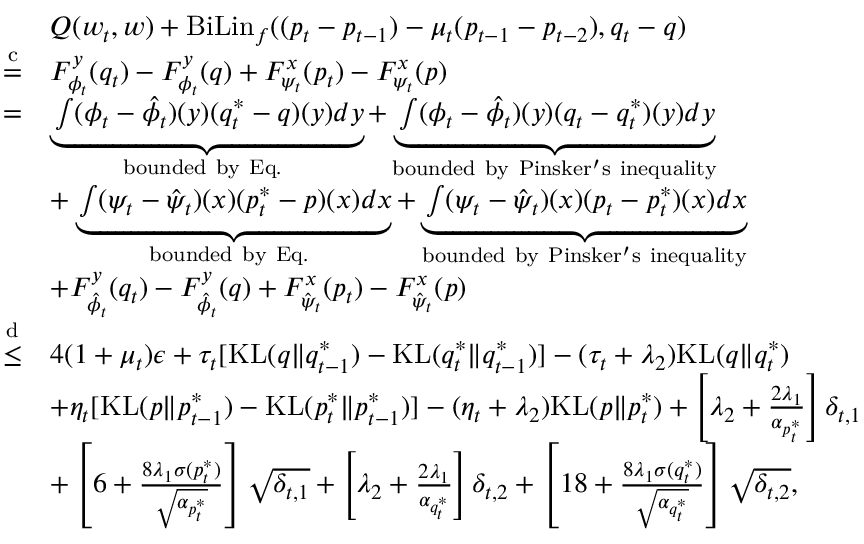
\begin{array} { r l } & { Q ( w _ { t } , w ) + \mathrm { B i L i n } _ { f } ( ( p _ { t } - p _ { t - 1 } ) - \mu _ { t } ( p _ { t - 1 } - p _ { t - 2 } ) , q _ { t } - q ) } \\ { \overset { \mathrm { c } } { = } } & { F _ { \phi _ { t } } ^ { y } ( q _ { t } ) - F _ { \phi _ { t } } ^ { y } ( q ) + F _ { \psi _ { t } } ^ { x } ( p _ { t } ) - F _ { \psi _ { t } } ^ { x } ( p ) } \\ { = } & { \underbrace { \int ( \phi _ { t } - \hat { \phi } _ { t } ) ( y ) ( q _ { t } ^ { * } - q ) ( y ) d y } _ { \mathrm { b o u n d e d ~ b y ~ E q . ~ } } + \underbrace { \int ( \phi _ { t } - \hat { \phi } _ { t } ) ( y ) ( q _ { t } - q _ { t } ^ { * } ) ( y ) d y } _ { \mathrm { b o u n d e d ~ b y ~ P i n s k e r ' s ~ i n e q u a l i t y } } } \\ & { + \underbrace { \int ( \psi _ { t } - \hat { \psi } _ { t } ) ( x ) ( p _ { t } ^ { * } - p ) ( x ) d x } _ { \mathrm { b o u n d e d ~ b y ~ E q . ~ } } + \underbrace { \int ( \psi _ { t } - \hat { \psi } _ { t } ) ( x ) ( p _ { t } - p _ { t } ^ { * } ) ( x ) d x } _ { \mathrm { b o u n d e d ~ b y ~ P i n s k e r ' s ~ i n e q u a l i t y } } } \\ & { + F _ { \hat { \phi } _ { t } } ^ { y } ( q _ { t } ) - F _ { \hat { \phi } _ { t } } ^ { y } ( q ) + F _ { \hat { \psi } _ { t } } ^ { x } ( p _ { t } ) - F _ { \hat { \psi } _ { t } } ^ { x } ( p ) } \\ { \overset { \mathrm { d } } { \leq } } & { 4 ( 1 + \mu _ { t } ) \epsilon + \tau _ { t } [ \mathrm { K L } ( q \| q _ { t - 1 } ^ { * } ) - \mathrm { K L } ( q _ { t } ^ { * } \| q _ { t - 1 } ^ { * } ) ] - ( \tau _ { t } + \lambda _ { 2 } ) \mathrm { K L } ( q \| q _ { t } ^ { * } ) } \\ & { + \eta _ { t } [ \mathrm { K L } ( p \| p _ { t - 1 } ^ { * } ) - \mathrm { K L } ( p _ { t } ^ { * } \| p _ { t - 1 } ^ { * } ) ] - ( \eta _ { t } + \lambda _ { 2 } ) \mathrm { K L } ( p \| p _ { t } ^ { * } ) + \left[ \lambda _ { 2 } + \frac { 2 \lambda _ { 1 } } { \alpha _ { p _ { t } ^ { * } } } \right] \delta _ { t , 1 } } \\ & { + \left[ 6 + \frac { 8 \lambda _ { 1 } \sigma ( p _ { t } ^ { * } ) } { \sqrt { \alpha _ { p _ { t } ^ { * } } } } \right] \sqrt { \delta _ { t , 1 } } + \left[ \lambda _ { 2 } + \frac { 2 \lambda _ { 1 } } { \alpha _ { q _ { t } ^ { * } } } \right] \delta _ { t , 2 } + \left[ 1 8 + \frac { 8 \lambda _ { 1 } \sigma ( q _ { t } ^ { * } ) } { \sqrt { \alpha _ { q _ { t } ^ { * } } } } \right] \sqrt { \delta _ { t , 2 } } , } \end{array}